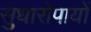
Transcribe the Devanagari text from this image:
सुधारोपायों